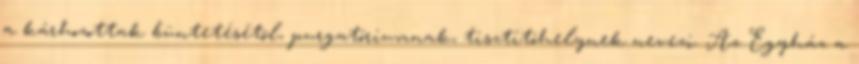
a kárhozottak büntetésétõl, purgatóriumnak, tisztítóhelynek nevezi. Az Egyház a